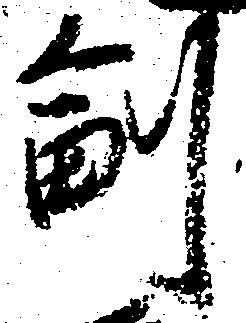
副